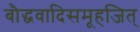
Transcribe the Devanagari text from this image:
बौद्धवादिसमूहजित्